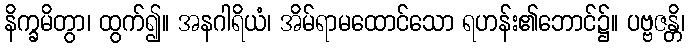
နိက္ခမိတွာ၊ ထွက်၍။ အနဂါရိယံ၊ အိမ်ရာမထောင်သော ရဟန်း၏ဘောင်၌။ ပဗ္ဗဇန္တိ၊